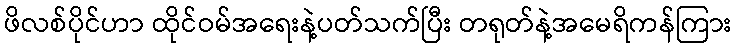
ဖိလစ်ပိုင်ဟာ ထိုင်ဝမ်အရေးနဲ့ပတ်သက်ပြီး တရုတ်နဲ့အမေရိကန်ကြား